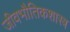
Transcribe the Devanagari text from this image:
जीवभौतिकशास्त्र